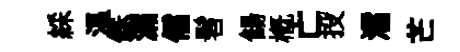
綵溫銖漏儒髫餳槪亡投濡芒